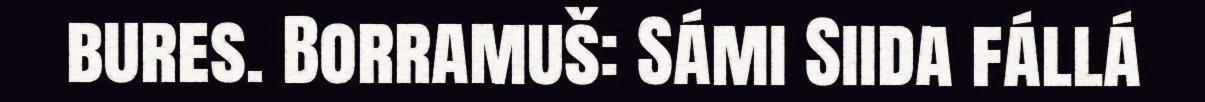
bures. Borramuš: Sámi Siida fállá